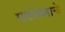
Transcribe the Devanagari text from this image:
पटांगनाचे